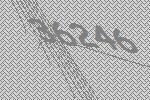
36246